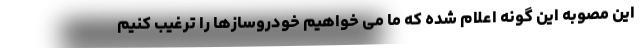
این مصوبه این گونه اعلام شده که ما می خواهیم خودروسازها را ترغیب کنیم